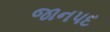
જાનપદ